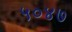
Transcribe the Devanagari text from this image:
५०४७